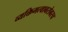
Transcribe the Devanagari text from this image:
व्यक्तिमत्वाबरोबरच